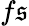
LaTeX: f\mathfrak{s}